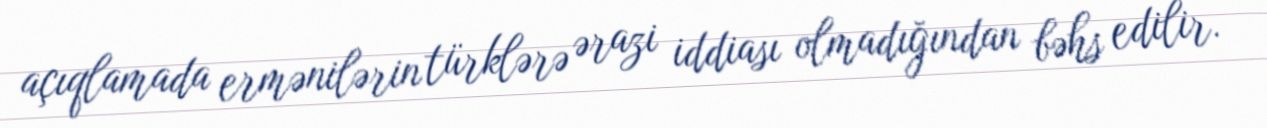
açıqlamada ermənilərin türklərə ərazi iddiası olmadığından bəhs edilir.